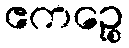
ဧကဉ္စေ